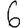
Digit: 6